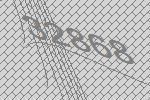
32868